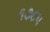
૧૭૮પ